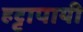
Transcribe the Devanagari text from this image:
हट्टापायी